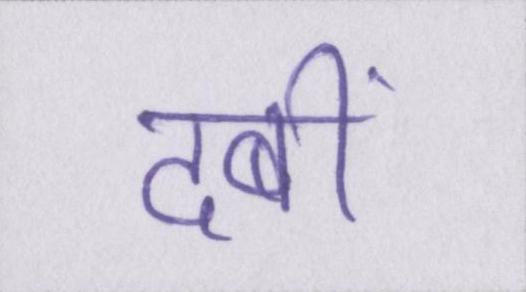
दबी